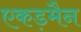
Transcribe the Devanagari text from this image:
एकड़मैन